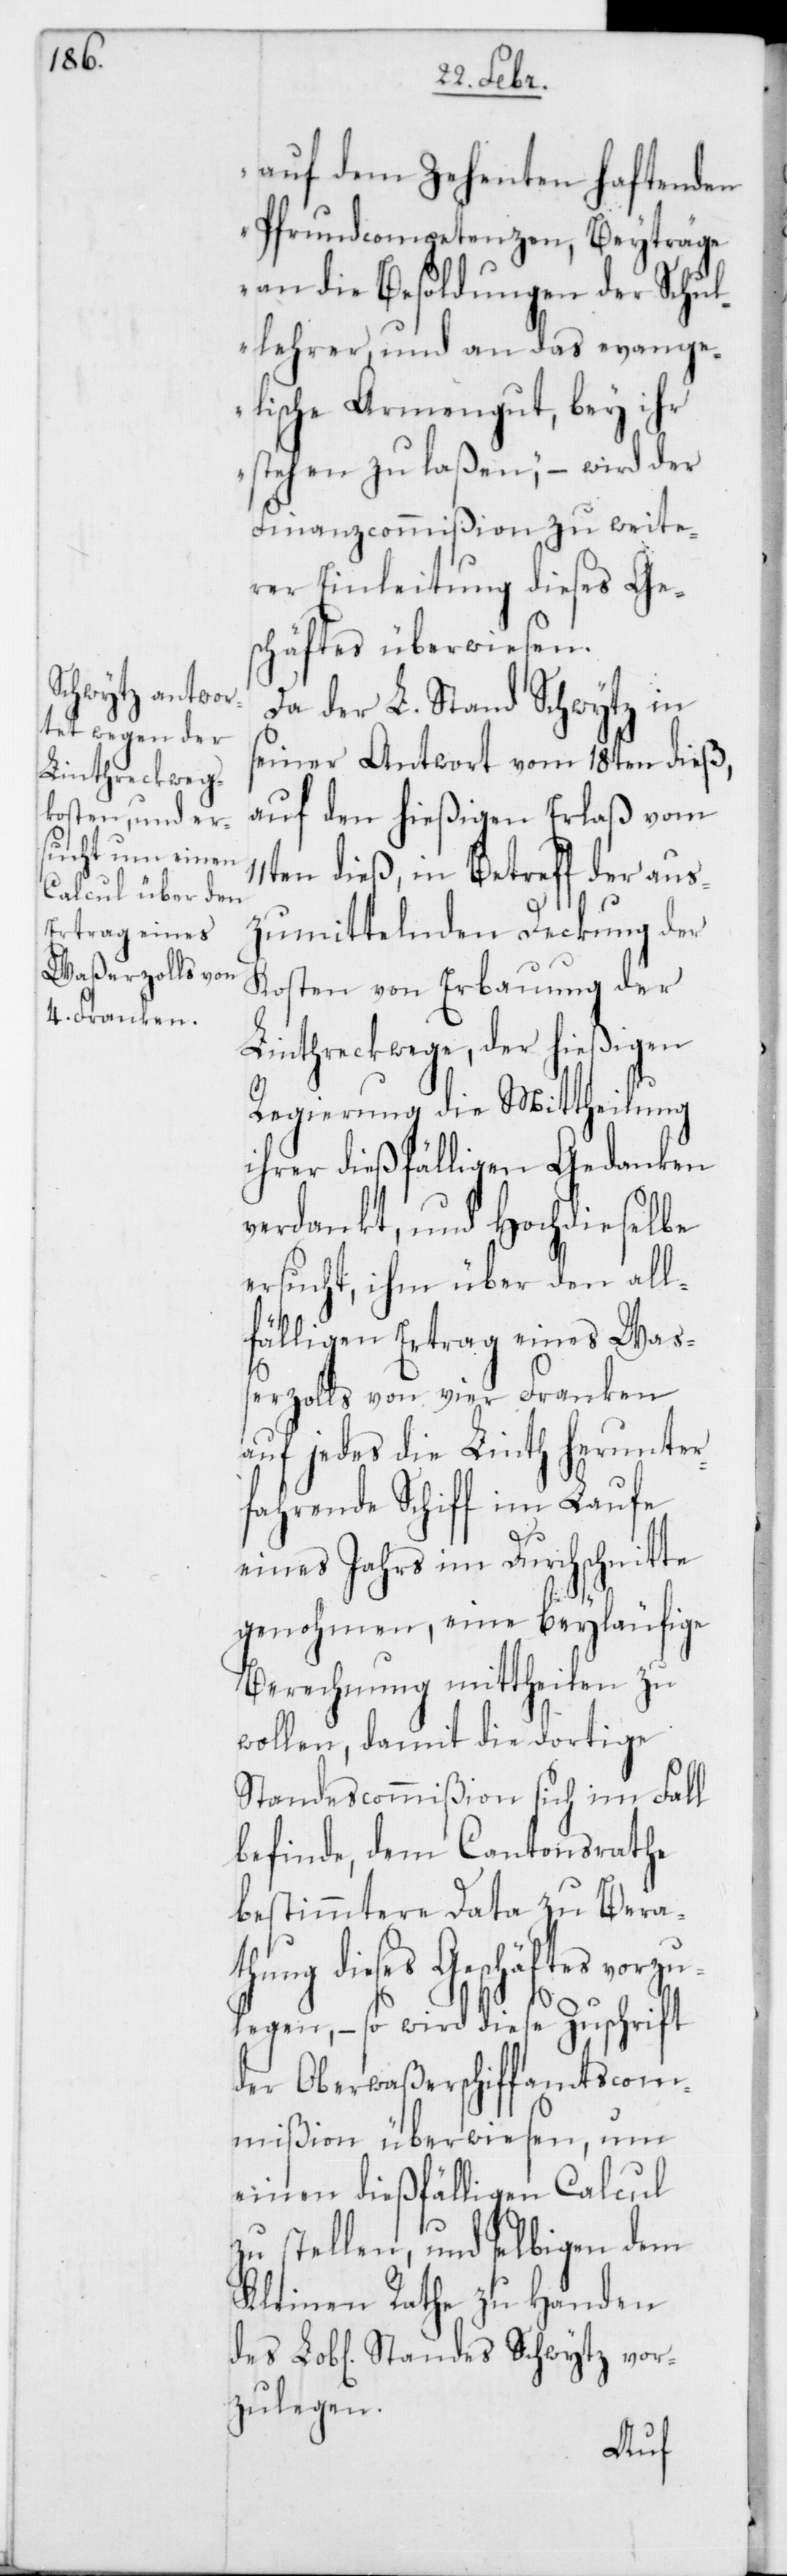
11t¬

Schwytz vor¬

auf dem Zehenten haftenden
Pfrundcompetenzen, Beyträge
an die Besoldungen der Schul¬
lehrer und an das evange¬
lische Armengut, bey ihr
stehen zu laßen,“ – wird der
Finanzcommißion zu weite¬
rer Einleitung dieses Ge¬
schäftes überwiesen.
Da der L. Stand Schwytz in
seiner Antwort vom 18ten dieß,
auf den hießigen Erlaß vom
en dieß, in Betreff der aus¬
zumittelnden Deckung der
Kosten von Erbauung der
Linthreckwege, der hießigen
Regierung die Mittheilung
ihrer dießfälligen Gedanken
verdankt, und Hochdieselbe
ersucht, ihm über den all¬
fähligen Ertrag eines Waß¬
erzolls von vier Franken
auf jedes die Linth herunter¬
fahrende Schiff im Laufe
eines Jahrs im Durchschnitte
genohmen, eine beyläufige
Berechnung mittheilen zu
wollen, damit die dortige
Standescommißion sich im Fall
befinde, dem Cantonsrathe
bestimmtere Data zu Bera¬
dieses Geschäftes vor¬
legen, – so wird diese Zuschrift
der Oberwaßerschiffamtscom¬
mißion überwiesen, um
einen dießfälligen Calcul
zu stellen, und selbigen dem
Kleinen Rathe zu Handen
zulegen.
zu¬